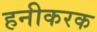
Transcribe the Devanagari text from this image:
हनीकरक